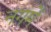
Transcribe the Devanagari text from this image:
नगमें